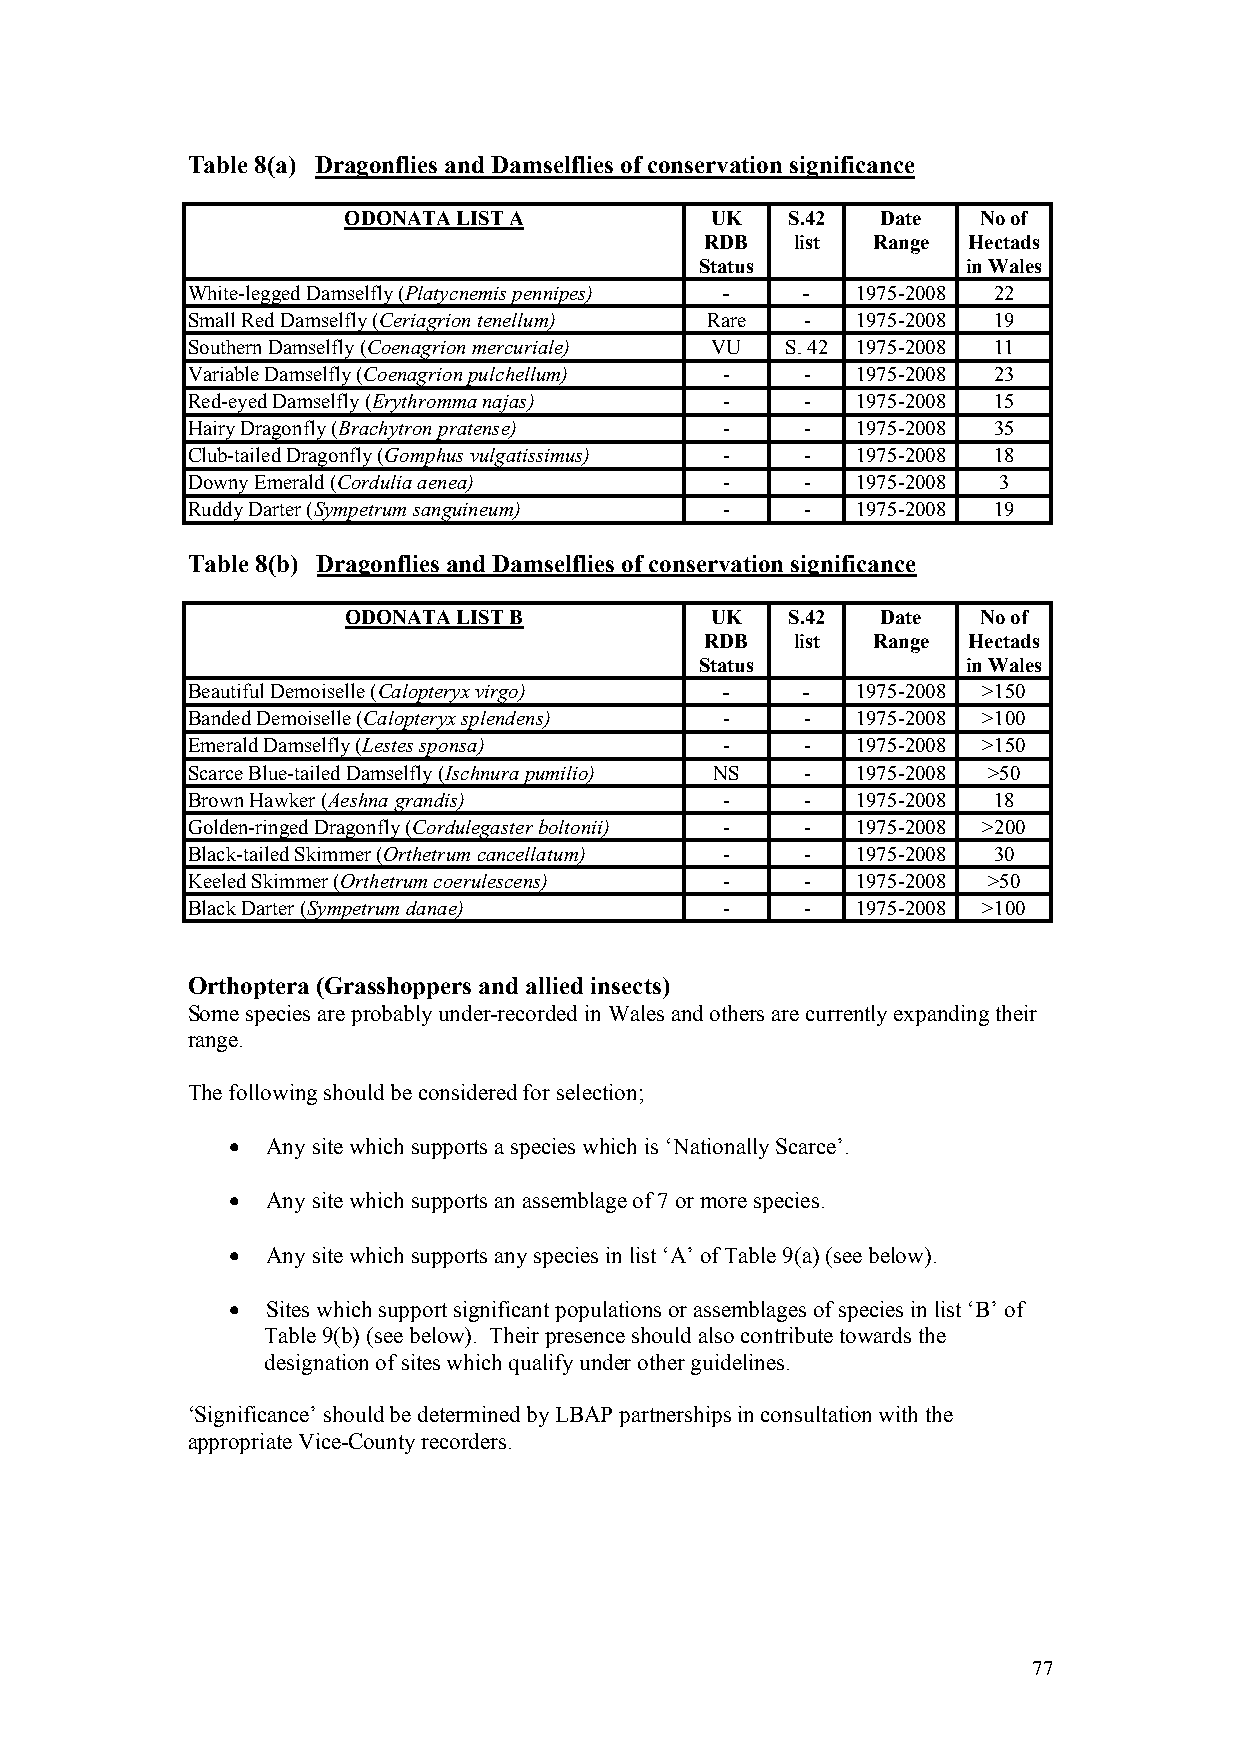
Table 8(a) Dragonflies and Damselflies of conservation significance
 ODONATA LIST A          UK   S.42  Date   No of
 RDB   list Range Hectads
 Status            in Wales
 White-legged Damselfly (Platycnemis pennipes) - - 1975-2008 22
 Small Red Damselfly (Ceriagrion tenellum) Rare - 1975-2008 19
 Southern Damselfly (Coenagrion mercuriale) VU S. 42 1975-2008 11
 Variable Damselfly (Coenagrion pulchellum) - - 1975-2008 23
 Red-eyed Damselfly (Erythromma najas) -  -   1975-2008 15
 Hairy Dragonfly (Brachytron pratense) -  -   1975-2008 35
 Club-tailed Dragonfly (Gomphus vulgatissimus) - - 1975-2008 18
 Downy Emerald (Cordulia aenea)      -    -   1975-2008 3
 Ruddy Darter (Sympetrum sanguineum) -    -   1975-2008 19
 Table 8(b) Dragonflies and Damselflies of conservation significance
 ODONATA LIST B          UK   S.42  Date   No of
 RDB   list Range Hectads
 Status            in Wales
 Beautiful Demoiselle (Calopteryx virgo) - -  1975-2008 >150
 Banded Demoiselle (Calopteryx splendens) - - 1975-2008 >100
 Emerald Damselfly (Lestes sponsa)   -    -   1975-2008 >150
 Scarce Blue-tailed Damselfly (Ischnura pumilio) NS - 1975-2008 >50
 Brown Hawker (Aeshna grandis)       -    -   1975-2008 18
 Golden-ringed Dragonfly (Cordulegaster boltonii) - - 1975-2008 >200
 Black-tailed Skimmer (Orthetrum cancellatum) - - 1975-2008 30
 Keeled Skimmer (Orthetrum coerulescens) - -  1975-2008 >50
 Black Darter (Sympetrum danae)      -    -   1975-2008 >100
 Orthoptera (Grasshoppers and allied insects)
 Some species are probably under-recorded in Wales and others are currently expanding their
 range.
 The following should be considered for selection;
   Any site which supports a species which is ‘Nationally Scarce’.
   Any site which supports an assemblage of 7 or more species.
   Any site which supports any species in list ‘A’ of Table 9(a) (see below).
   Sites which support significant populations or assemblages of species in list ‘B’ of
 Table 9(b) (see below). Their presence should also contribute towards the
 designation of sites which qualify under other guidelines.
 ‘Significance’ should be determined by LBAP partnerships in consultation with the
 appropriate Vice-County recorders.
 77